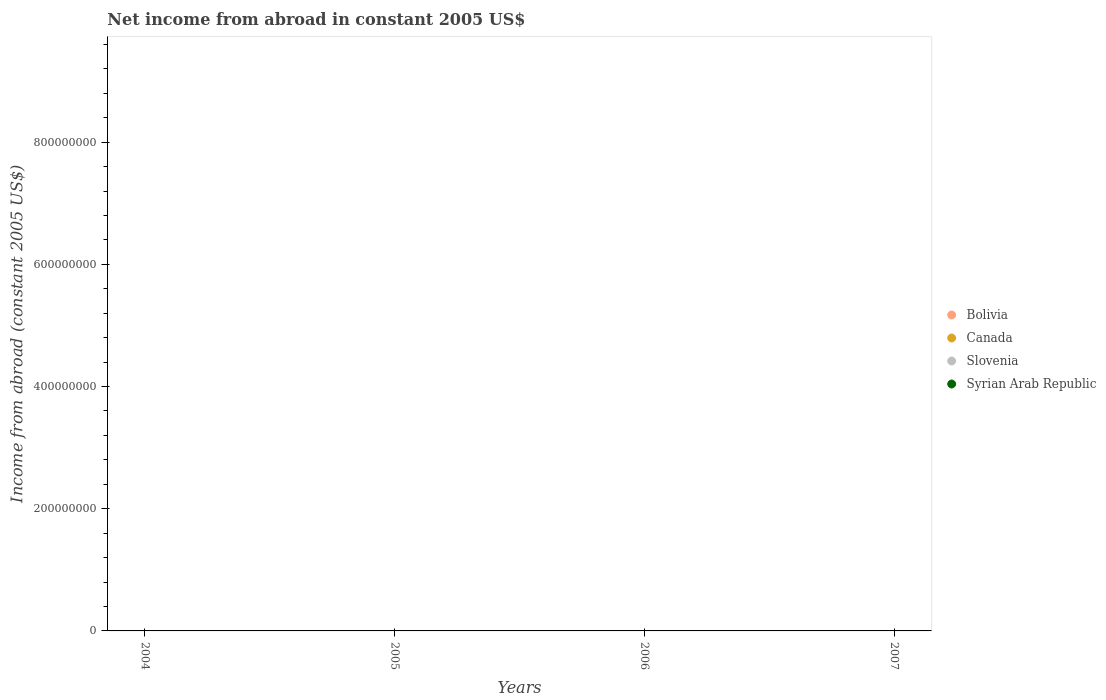
| Years | Bolivia | Canada | Slovenia | Syrian Arab Republic |
 | --- | --- | --- | --- | --- |
 | 2004 | -3.85e+08 | -2.21e+10 | -3.57e+08 | -7.53e+08 |
 | 2005 | -3.76e+08 | -2.39e+10 | -2.14e+08 | -8.79e+08 |
 | 2006 | -3.97e+08 | -2.1e+10 | -3.56e+08 | -9.39e+08 |
 | 2007 | -4.89e+08 | -2.15e+10 | -9.44e+08 | -6.89e+08 |